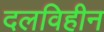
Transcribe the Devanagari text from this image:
दलविहीन